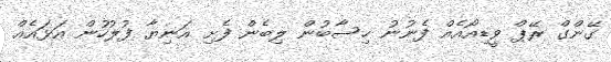
ގޭންގް ރޭޕް ވީޑިއޯއެއް ފެނުނު ހިސާބުން ލިބެން ފެށި އަނިޔާ ފުލުހުން އަޅައެއް